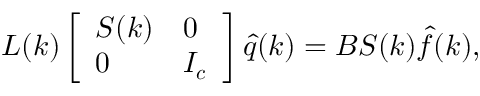
\boldsymbol { L } ( \boldsymbol { k } ) \left[ \begin{array} { l l } { \boldsymbol { S } ( \boldsymbol { k } ) } & { \boldsymbol { 0 } } \\ { \boldsymbol { 0 } } & { \boldsymbol { I _ { c } } } \end{array} \right] \boldsymbol { \hat { q } } ( \boldsymbol { k } ) = \boldsymbol { B } \boldsymbol { S } ( \boldsymbol { k } ) \boldsymbol { \hat { f } } ( \boldsymbol { k } ) ,